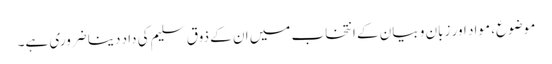
موضوع، مواد اور زبان و بیان کے انتخاب میں ان کے ذوق سلیم کی داد دینا ضروری ہے۔